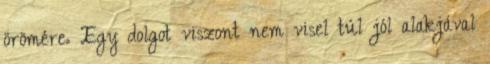
örömére. Egy dolgot viszont nem visel túl jól alakjával